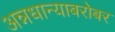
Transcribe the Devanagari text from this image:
अन्नधान्याबरोबर